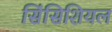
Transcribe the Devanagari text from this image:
सिंसिशियल